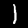
Digit: 1